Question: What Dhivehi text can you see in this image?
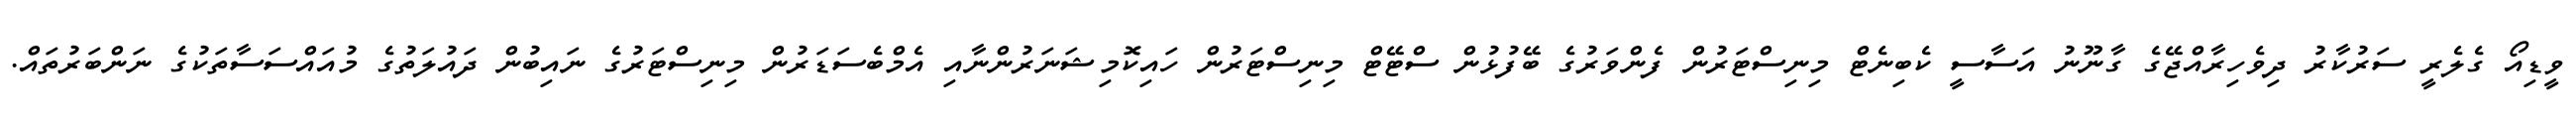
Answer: ވީޑިއޯ ގެލެރީ ސަރުކާރު ދިވެހިރާއްޖޭގެ ގާނޫނު އަސާސީ ކެބިނެޓް މިނިސްޓަރުން ފެންވަރުގެ ބޭފުޅުން ސްޓޭޓް މިނިސްޓަރުން ހައިކޮމިޝަނަރުންނާއި އެމްބެސަޑަރުން މިނިސްޓަރުގެ ނައިބުން ދައުލަތުގެ މުއައްސަސާތަކުގެ ނަންބަރުތައް.